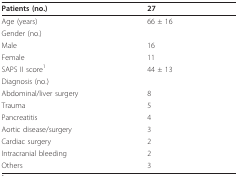
<table><thead><tr><td><b>Patients (no.)</b></td><td><b>27</b></td></tr></thead><tbody><tr><td>Age (years)</td><td>66 ± 16</td></tr><tr><td>Gender (no.)</td><td></td></tr><tr><td>Male</td><td>16</td></tr><tr><td>Female</td><td>11</td></tr><tr><td>SAPS II score<sup>1</sup></td><td>44 ± 13</td></tr><tr><td>Diagnosis (no.)</td><td></td></tr><tr><td>Abdominal/liver surgery</td><td>8</td></tr><tr><td>Trauma</td><td>5</td></tr><tr><td>Pancreatitis</td><td>4</td></tr><tr><td>Aortic disease/surgery</td><td>3</td></tr><tr><td>Cardiac surgery</td><td>2</td></tr><tr><td>Intracranial bleeding</td><td>2</td></tr><tr><td>Others</td><td>3</td></tr></tbody></table>